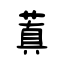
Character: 蒖